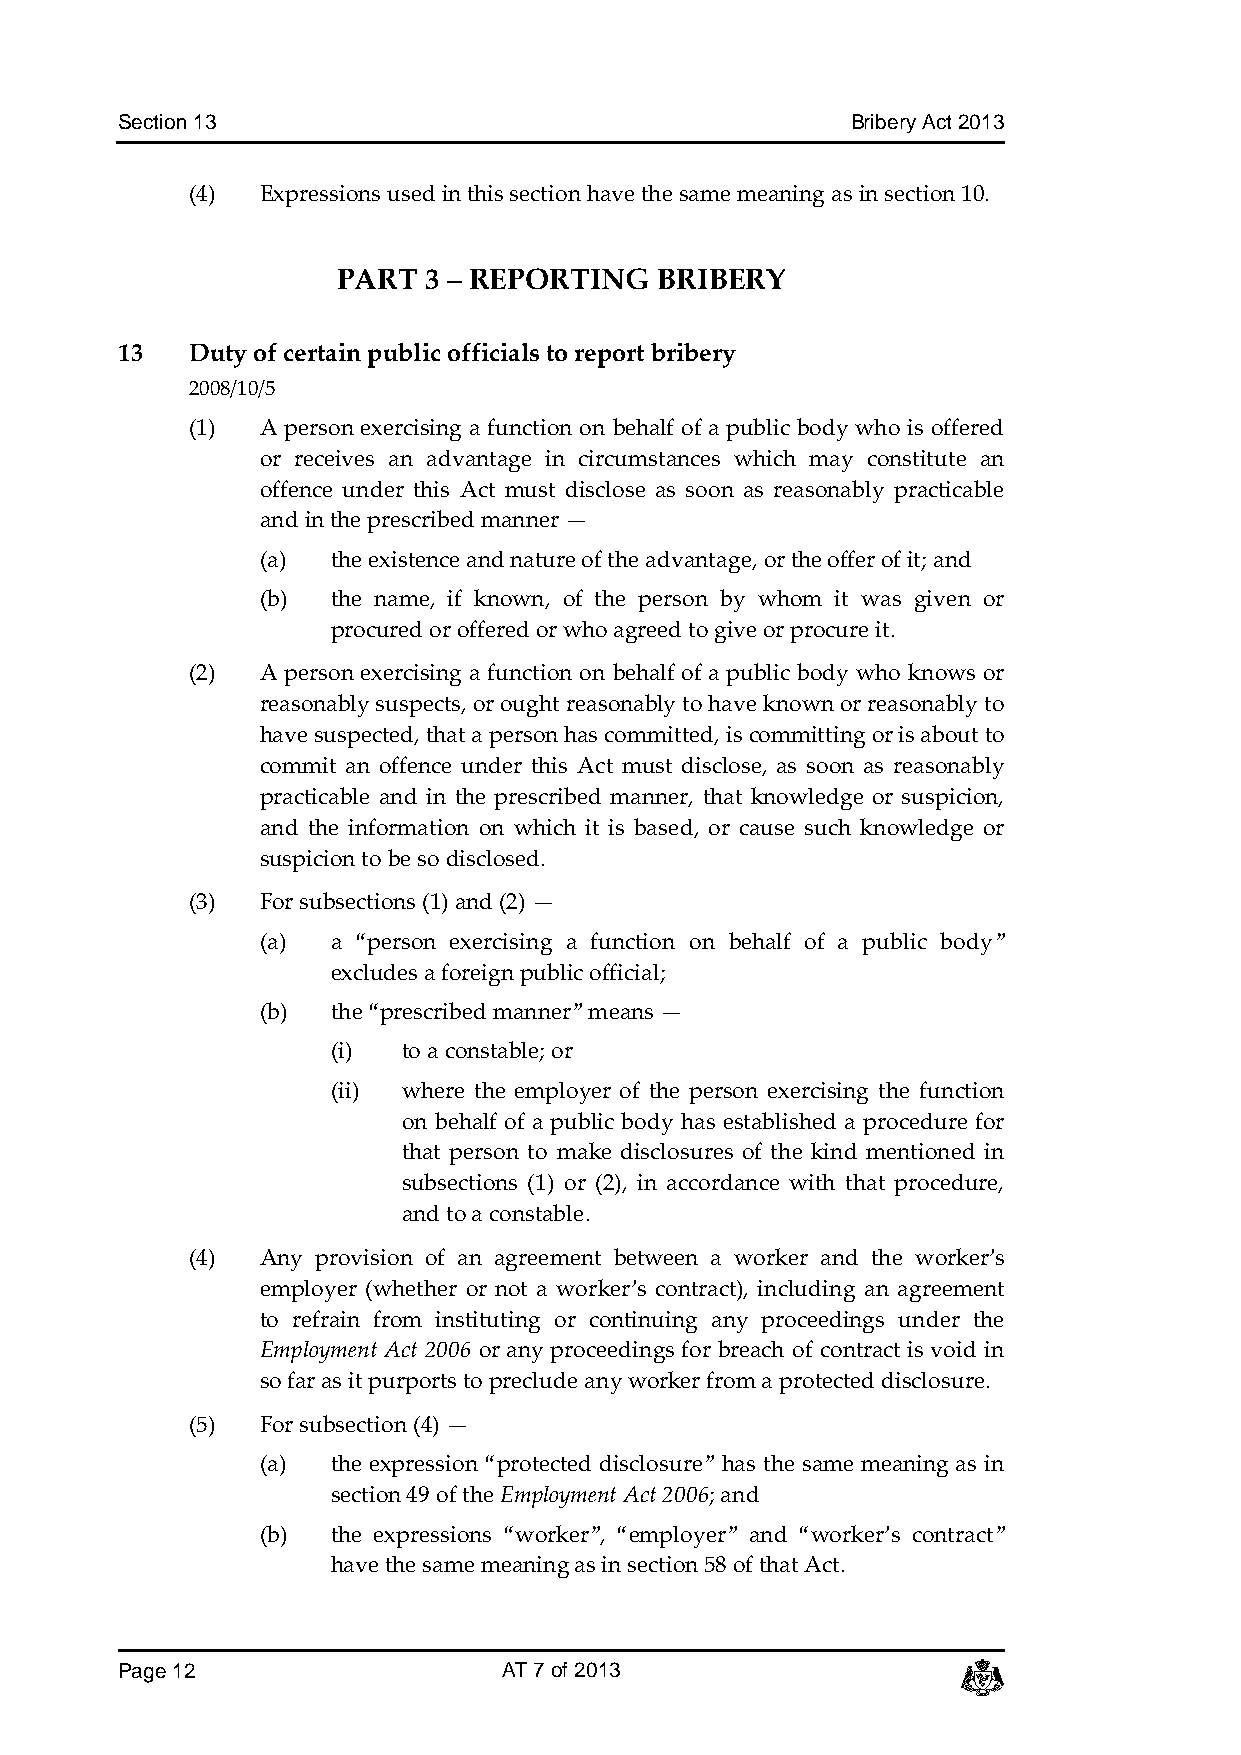
Section 13                                      Bribery Act 2013
 (4)  Expressions used in this section have the same meaning as in section 10.
 PART  3 – REPORTING  BRIBERY
 13  Duty of certain public officials to report bribery
 2008/10/5
 (1)  A person exercising a function on behalf of a public body who is offered
 or receives an advantage in circumstances which may constitute an
 offence under this Act must disclose as soon as reasonably practicable
 and in the prescribed manner —
 (a)  the existence and nature of the advantage, or the offer of it; and
 (b)  the name, if known, of the person by whom it was given or
 procured or offered or who agreed to give or procure it.
 (2)  A person exercising a function on behalf of a public body who knows or
 reasonably suspects, or ought reasonably to have known or reasonably to
 have suspected, that a person has committed, is committing or is about to
 commit an offence under this Act must disclose, as soon as reasonably
 practicable and in the prescribed manner, that knowledge or suspicion,
 and the information on which it is based, or cause such knowledge or
 suspicion to be so disclosed.
 (3)  For subsections (1) and (2) —
 (a)  a “person exercising a function on behalf of a public body”
 excludes a foreign public official;
 (b)  the “prescribed manner” means —
 (i)  to a constable; or
 (ii) where the employer of the person exercising the function
 on behalf of a public body has established a procedure for
 that person to make disclosures of the kind mentioned in
 subsections (1) or (2), in accordance with that procedure,
 and to a constable.
 (4)  Any provision of an agreement between a worker and the worker’s
 employer (whether or not a worker’s contract), including an agreement
 to refrain from instituting or continuing any proceedings under the
 Employment Act 2006 or any proceedings for breach of contract is void in
 so far as it purports to preclude any worker from a protected disclosure.
 (5)  For subsection (4) —
 (a)  the expression “protected disclosure” has the same meaning as in
 section 49 of the Employment Act 2006; and
 (b)  the expressions “worker”, “employer” and “worker’s contract”
 have the same meaning as in section 58 of that Act.
 Page 12                  AT 7 of 2013                   c